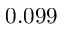
0 . 0 9 9